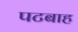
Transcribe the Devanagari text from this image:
पटबाह